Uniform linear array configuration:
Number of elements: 64
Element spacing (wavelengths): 1
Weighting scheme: cosine
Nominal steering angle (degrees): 30
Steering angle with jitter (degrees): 30.491
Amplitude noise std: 0.05
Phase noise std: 0.05

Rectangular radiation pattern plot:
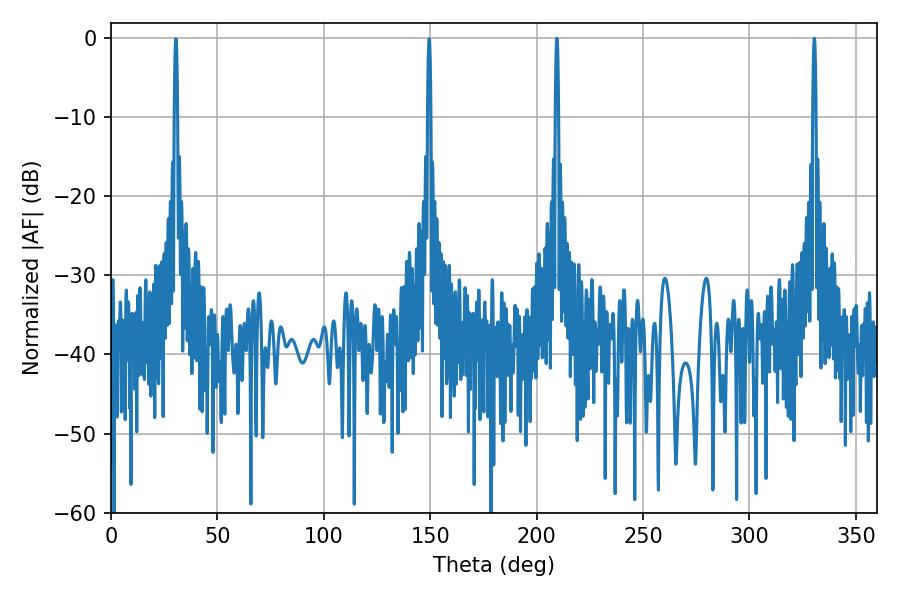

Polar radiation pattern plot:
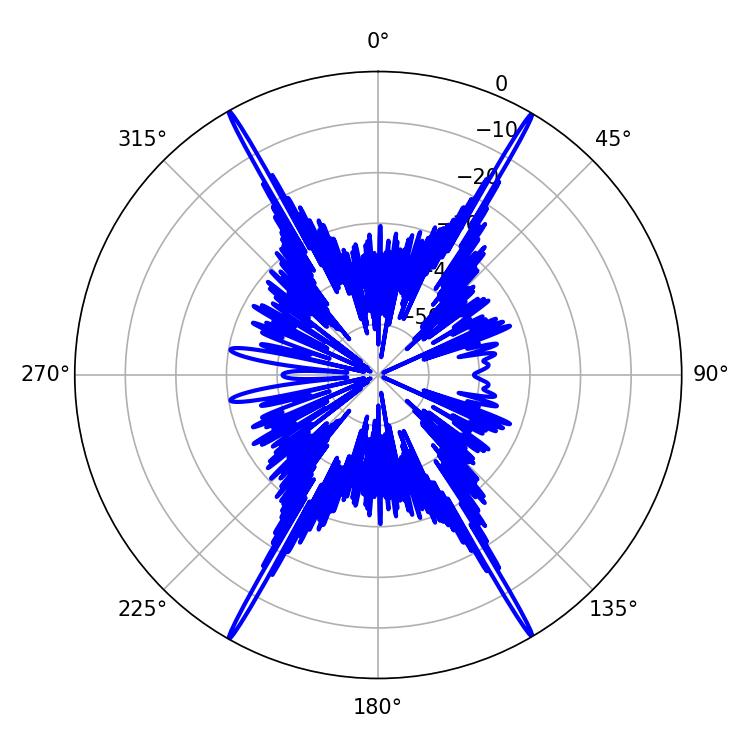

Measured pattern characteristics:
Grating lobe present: TRUE
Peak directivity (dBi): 34.87
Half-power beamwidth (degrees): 0.72
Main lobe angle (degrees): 330.48